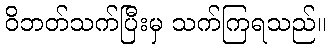
ဝိဘတ်သက်ပြီးမှ သက်ကြရသည်။